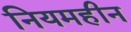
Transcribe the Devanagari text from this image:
नियमहीन